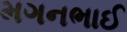
મગનભાઈ